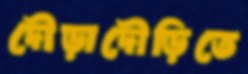
দৌড়াদৌড়িতে